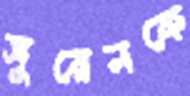
সুরেনকে